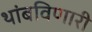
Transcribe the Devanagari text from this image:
थांबविणारी